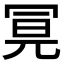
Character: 𭁶